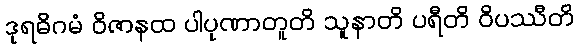
ဒုရဓိဂမံ ဝိဇာနထ ပါပုဏာတူတိ သူနာတိ ပရီတိ ဝိပဿီတိ